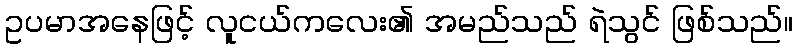
ဥပမာအနေဖြင့် လူငယ်ကလေး၏ အမည်သည် ရဲသွင် ဖြစ်သည်။